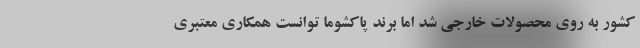
کشور به روی محصولات خارجی شد اما برند پاکشوما توانست همکاری معتبری